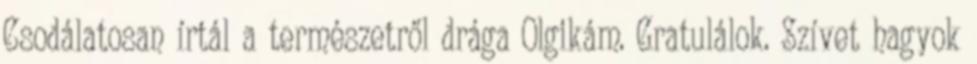
Csodálatosan írtál a természetről drága Olgikám. Gratulálok. Szívet hagyok